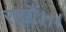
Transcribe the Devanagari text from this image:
रह्यौ।।।